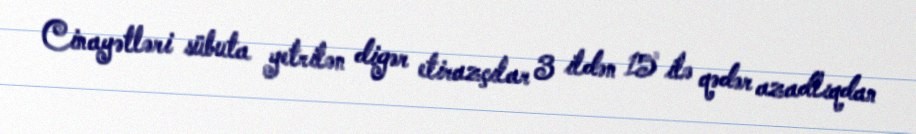
Cinayətləri sübuta yetrilən digər etirazçılar 3 ildən 15 ilə qədər azadlıqdan